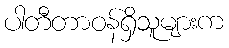
ပါတီတာဝန်ရှိသူများက